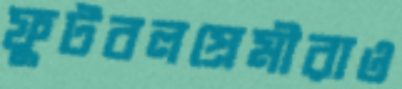
ফুটবলপ্রেমীরাও